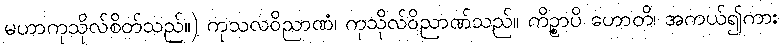
မဟာကုသိုလ်စိတ်သည်။) ကုသလဝိညာဏံ၊ ကုသိုလ်ဝိညာဏ်သည်။ ကိဉ္စာပိ ဟောတိ၊ အကယ်၍ကား